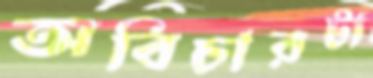
অবিচারটা